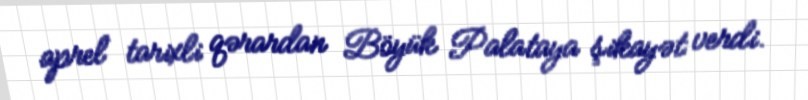
aprel tarixli qərardan Böyük Palataya şikayət verdi.